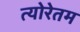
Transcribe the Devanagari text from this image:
त्योरेतम